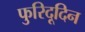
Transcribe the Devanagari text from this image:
फुरिदूदिन